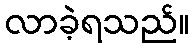
လာခဲ့ရသည်။